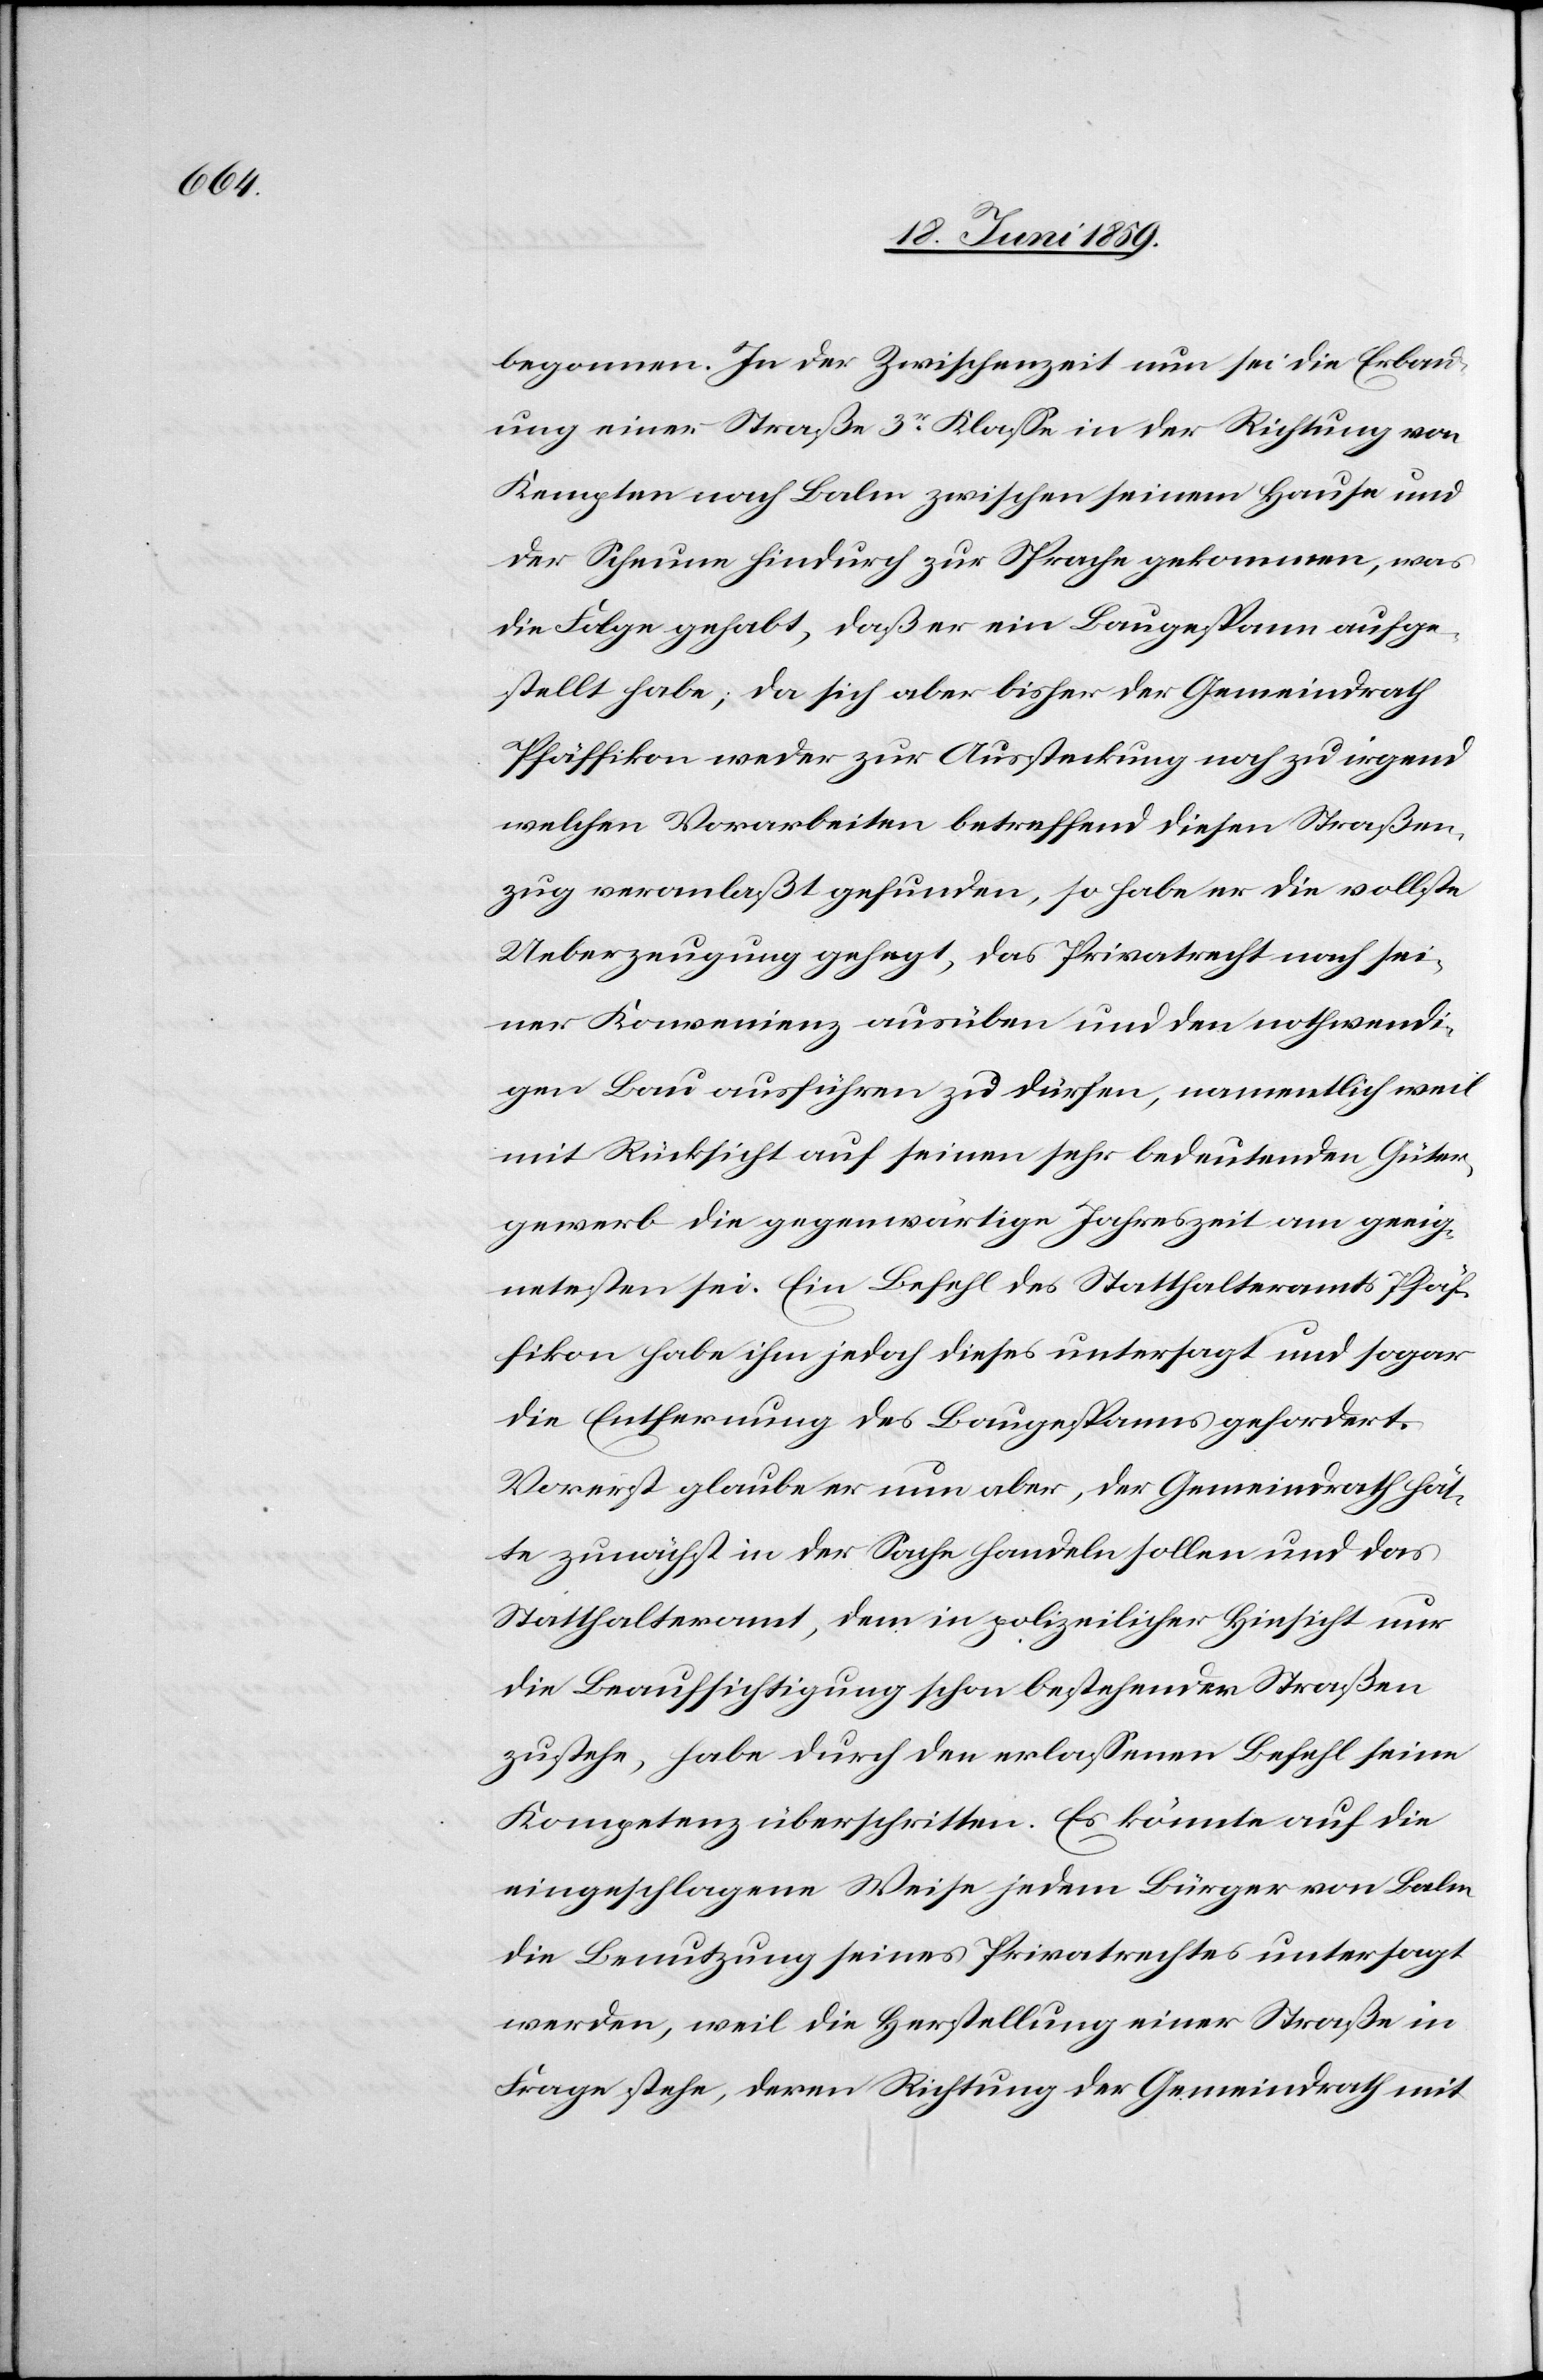
begonnen. In der Zwischenzeit nun sei die Erbau¬
ung einer Straße 3er Klasse in der Richtung von
Kempten nach Balm zwischen seinem Hause und
der Scheune hindurch zur Sprache gekommen, was
die Folge gehabt, daß er ein Baugespann aufge¬
stellt habe; da sich aber bisher der Gemeindrath
Pfäffikon weder zur Aussteckung noch zu irgend
welchen Vorarbeiten betreffend diesen Straßen¬
zug veranlaßt gefunden, so habe er die vollste
Ueberzeugung gehegt, das Privatrecht nach sei¬
ner Konvennienz ausüben und den nothwendi¬
gen Bau ausführen zu dürfen, namentlich weil
mit Rücksicht auf seinen sehr bedeutenden Güter¬
gewerb die gegenwärtige Jahreszeit am geeig¬
netsten sei. Ein Befehl des Statthalteramtes Pfäf¬
fikon habe ihm jedoch dieses untersagt und sogar
die Entfernung des Baugespannes gefordert.
Vorerst glaube er nun aber, der Gemeindrath hät¬
te zunächst in der Sache handeln sollen und das
Statthalteramt, dem in polizeilicher Hinsicht nur
die Beaufsichtigung schon bestehender Straßen
zustehe, habe durch den erlassenen Befehl seine
Kompetenz überschritten. Es könnte auf die
eingeschlagene Weise jedem Bürger von Balm
die Benutzung seines Privatrechtes untersagt
werden, weil die Herstellung einer Straße in
Frage stehe, deren Richtung der Gemeindrath mit